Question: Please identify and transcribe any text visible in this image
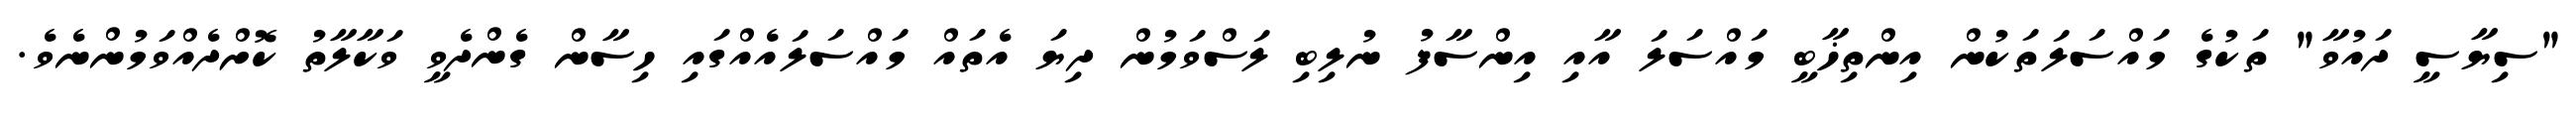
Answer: "ސިޔާސީ ދައުވާ" ތަކުގެ މައްސަލަތަކުން އިންތިޚާބީ މައްސަލަ އާއި އިންސާފު ނުލިބި ލަސްވަމުން ދިޔަ އެތައް މައްސަލައެއްގައި ހިސާން ގެންދެވީ ވަކާލާތު ކޮށްދެއްވަމުންނެވެ.